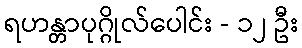
ရဟန္တာပုဂ္ဂိုလ်ပေါင်း - ၁၂ ဦး